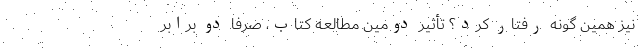
نیز همین گونه رفتار کرد؟ تأثیر دومین مطالعهٔ کتاب، صرفاً دو برابر